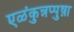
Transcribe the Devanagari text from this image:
एळंकुन्नप्पुष़ा